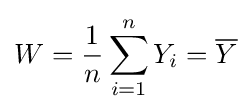
W={\frac {1}{n}}\sum _{i=1}^{n}Y_{i}={\overline {Y}}